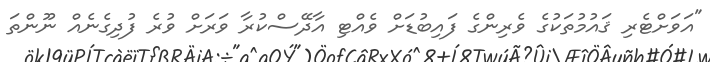
"އަވަށްޓެރި ޤައުމުތަކުގެ ވެރިންގެ ފައިބުޑަށް ވެއްޓި އާދޭސްކުރާ ވަރަށް ވުރެ ފުދިގެނެއް ނޫންތަ